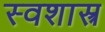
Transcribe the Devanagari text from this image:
स्वशास्त्र